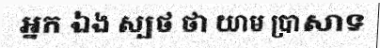
អ្នក ឯង ស្បថ ថា យាម ប្រាសាទ